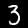
Label: 3